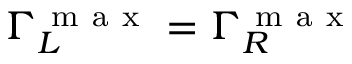
\Gamma _ { L } ^ { \mathrm { ~ m ~ a ~ x ~ } } = \Gamma _ { R } ^ { \mathrm { ~ m ~ a ~ x ~ } }